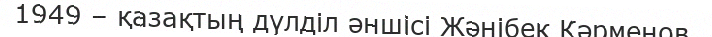
1949 – қазақтың дүлділ әншісі Жәнібек Кәрменов.